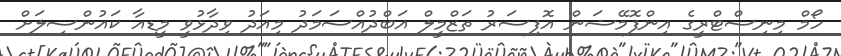
ހޯމް މިނިސްޓްރީގެ އިންފޮމޭޝަން އޮފިސަރު ތަޒްމީލް އަބްދުއްސަމަދު މިއަދު ވިދާޅުވީ މީީޑިއާ ކައުންސިލަށް